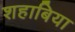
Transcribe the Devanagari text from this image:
शहाबिया